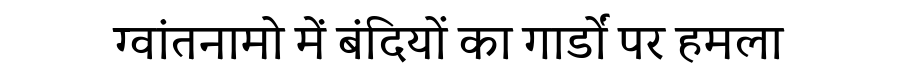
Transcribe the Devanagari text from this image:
ग्वांतनामो में बंदियों का गार्डों पर हमला